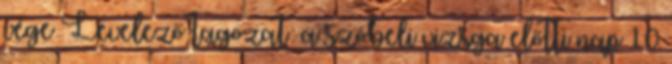
vége Levelező tagozat: a szóbeli vizsga előtti nap 10